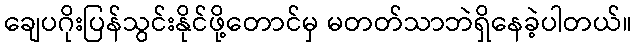
ချေပဂိုးပြန်သွင်းနိုင်ဖို့တောင်မှ မတတ်သာဘဲရှိနေခဲ့ပါတယ်။